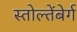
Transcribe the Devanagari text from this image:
स्तोल्तेंबेर्ग